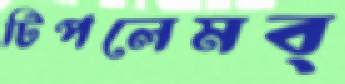
টিপলেমব্